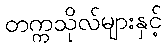
တက္ကသိုလ်များနှင့်